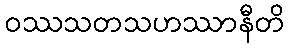
ဝဿသတသဟဿာနီတိ